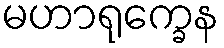
မဟာရုက္ခေန